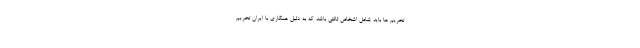
تحریم ها باید شامل اشخاص ثالثی باشد که به دلیل همکاری با ایران تحریم